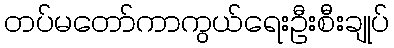
တပ်မတော်ကာကွယ်ရေးဦးစီးချုပ်